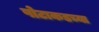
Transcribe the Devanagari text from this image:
पोटाकडच्या